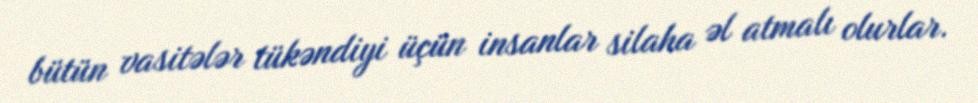
bütün vasitələr tükəndiyi üçün insanlar silaha əl atmalı olurlar.